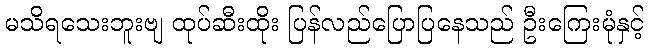
မသိရသေးဘူးဗျ ထုပ်ဆီးထိုး ပြန်လည်ပြောပြနေသည် ဦးကြေးမုံနှင့်